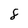
Character: 8